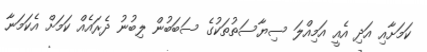
ކަމަށާއި އަދި އެއީ އަމިއްލަ ސިޔާސަތުތަކުގެ ސަބަބުން ލިބުނު ދެރައެއް ކަމަށް އެކަމަނާ